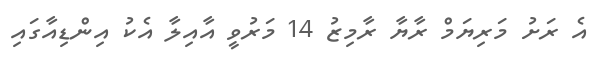
އެ ރަށު މަރިޔަމް ރާޔާ ރާމިޒު 14 މަރުވީ އާއިލާ އެކު އިންޑިއާގައި